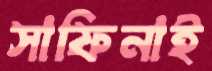
সাফিনাই